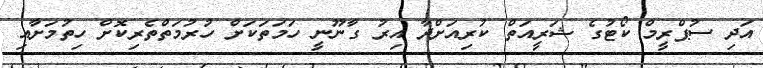
އަދި ސުޕްރީމް ކޯޓުގެ ޝަރީއަތް ކުރިއަށްދާ އިރު ގާނޫނީ ހަމަތަކަށް ހުރުމަތްތެރިކޮށް ހިތުމަށާއި